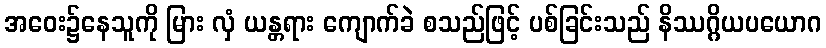
အဝေး၌နေသူကို မြား လှံ ယန္တရား ကျောက်ခဲ စသည်ဖြင့် ပစ်ခြင်းသည် နိဿဂ္ဂိယပယောဂ